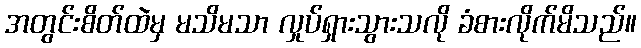
အတွင်းစိတ်ထဲမှ မသိမသာ လှုပ်ရှားသွားသလို ခံစားလိုက်မိသည်။